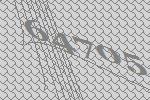
64705